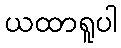
ယထာရူပါ